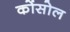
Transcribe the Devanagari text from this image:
कोंसोल